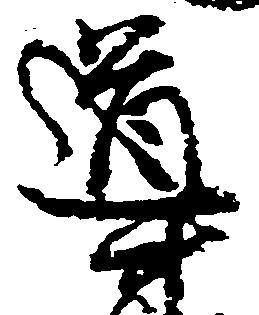
導